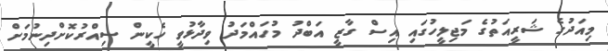
މިއަދުގެ ޝަރީއަތުގެ މަޖިލީހުގައި އިސް ގާޒީ އަބްދު މުހައްމަދު ވިދާޅުވީ ހެކީން ސިއްރުކޮށްދިނުމަށް